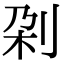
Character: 刴